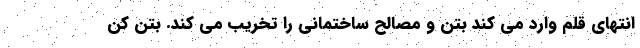
انتهای قلم وارد می کند بتن و مصالح ساختمانی را تخریب می کند. بتن کن